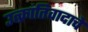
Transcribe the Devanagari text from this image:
उत्क्रांतिवादाचे